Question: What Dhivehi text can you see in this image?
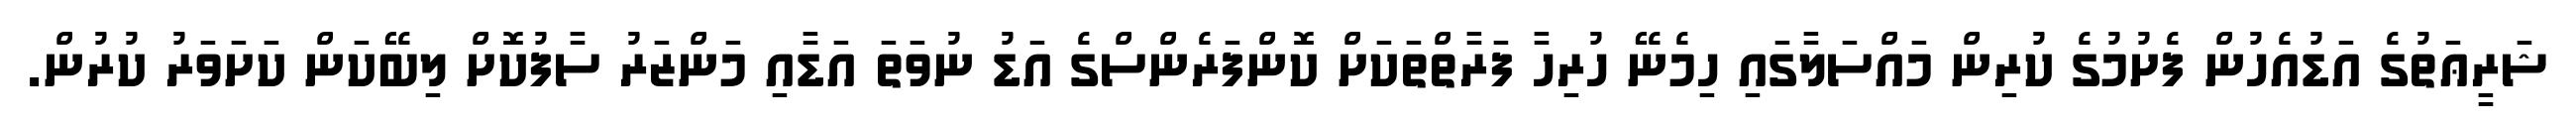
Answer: ޝަރީޢަތުގެ އަޑުއެހުން ފެށުމުގެ ކުރިން މައްސަލާގައި ހިމެނޭ ހުރިހާ ފަރާތްތަކަށް ކޮންފަރެންސްގެ އަޑު ނުވަތަ އަޑާއި މަންޒަރު ސާފުކޮށް ލިބޭކަން ކަށަވަރު ކުރުން.